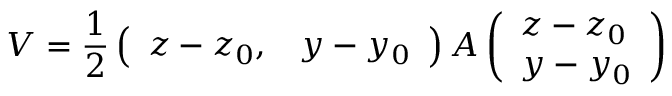
V = \frac { 1 } { 2 } \left( \begin{array} { l l } { z - z _ { 0 } , } & { y - y _ { 0 } } \end{array} \right) A \left( \begin{array} { l } { z - z _ { 0 } } \\ { y - y _ { 0 } } \end{array} \right)